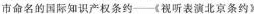
市命名的国际知识产权条约—《视听表演北京条约》